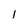
Character: 1